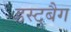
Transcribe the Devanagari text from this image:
डस्टबैग